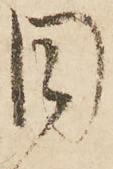
目